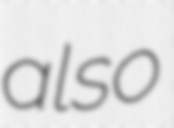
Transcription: also